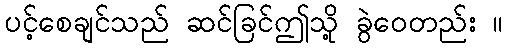
ပင့်စေချင်သည် ဆင်ခြင်ဤသို့ ခွဲဝေတည်း ။